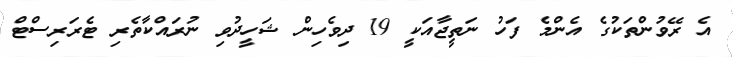
އެ ރޭވުންތަކުގެ އެންމެ ފަހު ނަތީޖާއަކީ 19 ދިވެހިން ޝަހީދުވި ނުރައްކާތެރި ޓެރަރިސްޓް